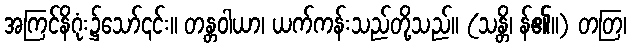
အကြင်နိဂုံး၌သော်၎င်း။ တန္တဝါယာ၊ ယက်ကန်းသည်တို့သည်။ (သန္တိ၊ န်၏။) တတြ၊